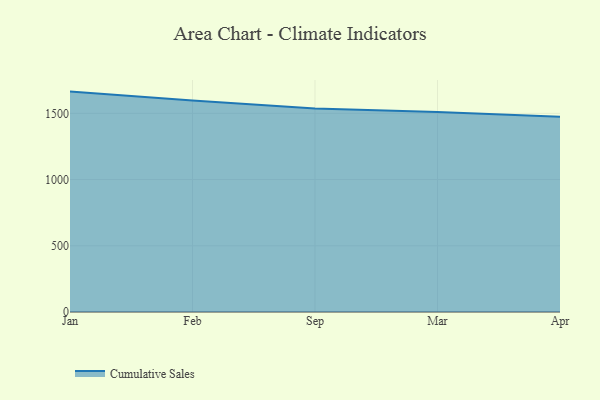
{"axis": {"x": "Month", "y": "Tickets Resolved"}, "legend": ["Cumulative Sales"], "data": [{"x": "Jan", "y": 1664.1, "type": "Cumulative Sales"}, {"x": "Feb", "y": 1597.3, "type": "Cumulative Sales"}, {"x": "Sep", "y": 1536.2, "type": "Cumulative Sales"}, {"x": "Mar", "y": 1509.4, "type": "Cumulative Sales"}, {"x": "Apr", "y": 1474.3, "type": "Cumulative Sales"}]}